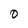
Character: 0